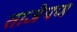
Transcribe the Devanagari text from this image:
ताजेपण